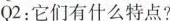
Q2：它们有什么特点?